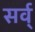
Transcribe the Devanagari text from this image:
सर्व्